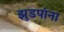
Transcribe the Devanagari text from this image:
झुडपांना